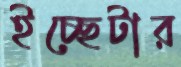
ইচ্ছেটার